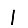
Digit: 1